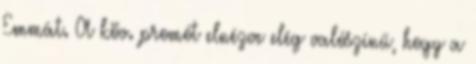
Emmát. A köv. promót elnézve elég valószínű, hogy a